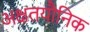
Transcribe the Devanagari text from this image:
अक्षतयौनिक